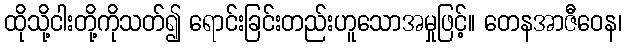
ထိုသို့ငါးတို့ကိုသတ်၍ ရောင်းခြင်းတည်းဟူသောအမှုဖြင့်။ တေနအာဇီဝေန၊